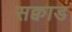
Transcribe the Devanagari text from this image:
सक्वाड